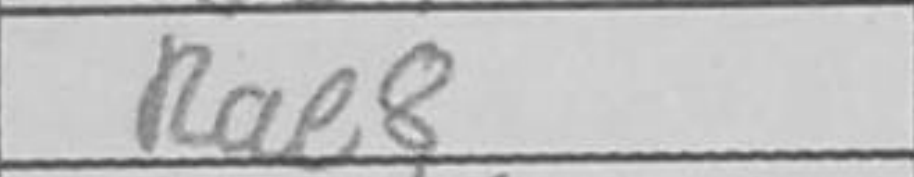
Transcription: Rae8